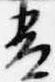
青